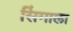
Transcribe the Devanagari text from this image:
सिंगाला